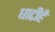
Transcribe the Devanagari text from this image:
घाटीहै